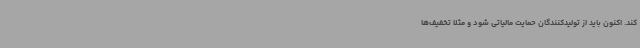
کند. اکنون باید از تولیدکنندگان حمایت مالیاتی شود و مثلا تخفیف‌ها